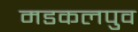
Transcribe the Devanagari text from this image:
मडकलपुव